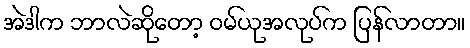
အဲဒါက ဘာလဲဆိုတော့ ဝမ်ယုအလုပ်က ပြန်လာတာ။